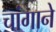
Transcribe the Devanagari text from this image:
चांगाने